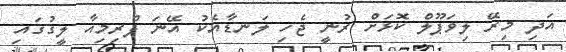
އަދި މިރޭ ލިވަޕޫލް ކޮޅަށް ރުނީ ޖެހި ލަނޑާއެކު އޭނަ ޕްރިމިއާ ލީގުގައި